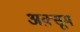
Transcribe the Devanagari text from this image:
अक़्सूम